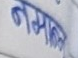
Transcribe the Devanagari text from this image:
नमाज